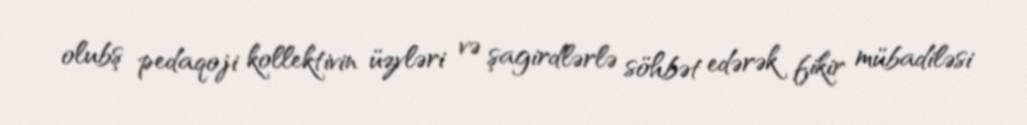
olubş pedaqoji kollektivin üzvləri və şagirdlərlə söhbət edərək fikir mübadiləsi